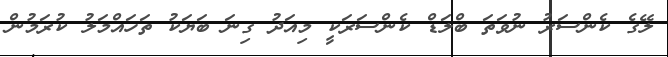
ލޭގެ ކެންސަރު ނުވަތަ ބްލަޑް ކެންސަރަކީ މިއަދު ގިނަ ބަޔަކު ތަހައްމަލު ކުރަމުން